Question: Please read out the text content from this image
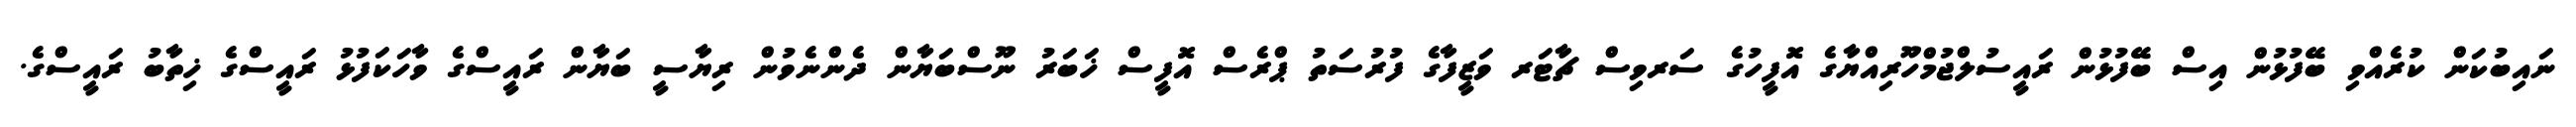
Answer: ނައިބުކަން ކުރެއްވި ބޭފުޅުން އިސް ބޭފުޅުން ރައީސުލްޖުމްހޫރިއްޔާގެ އޮފީހުގެ ސަރވިސް ޗާޓަރ ވަޒީފާގެ ފުރުސަތު ޕްރެސް އޮފީސް ޚަބަރު ނޫސްބަޔާން ދެންނެވުން ރިޔާސީ ބަޔާން ރައީސްގެ ވާހަކަފުޅު ރައީސްގެ ޚިތާބު ރައީސްގެ.